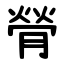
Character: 膋